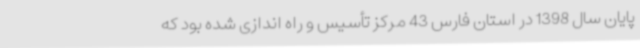
پایان سال 1398 در استان فارس 43 مرکز تأسیس و راه اندازی شده بود که